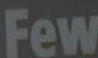
Few